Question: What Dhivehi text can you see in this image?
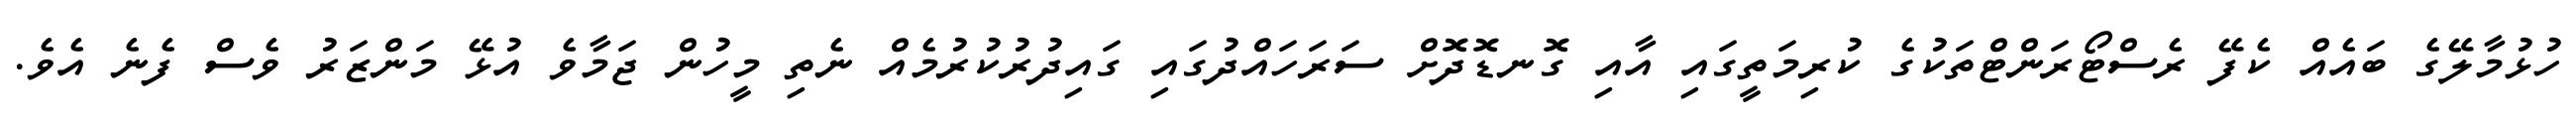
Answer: ހުޅުމާލޭގެ ބައެއް ކެފޭ ރެސްޓޯރަންޓްތަކުގެ ކުރިމަތީގައި އާއި ގޮނޑޮދޮށް ސަރަހައްދުގައި ގައިދުރުކުރުމެއް ނެތި މީހުން ޖަމާވެ އުޅޭ މަންޒަރު ވެސް ފެނެ އެވެ.